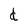
Character: d